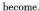
become.